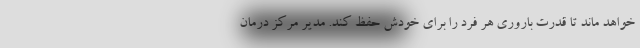
خواهد ماند تا قدرت باروری هر فرد را برای خودش حفظ کند. مدیر مرکز درمان